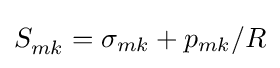
S_{mk}^{}=\sigma _{mk}+p_{mk}/R